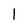
Character: l